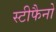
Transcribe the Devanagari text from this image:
स्टीफैनो